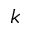
k